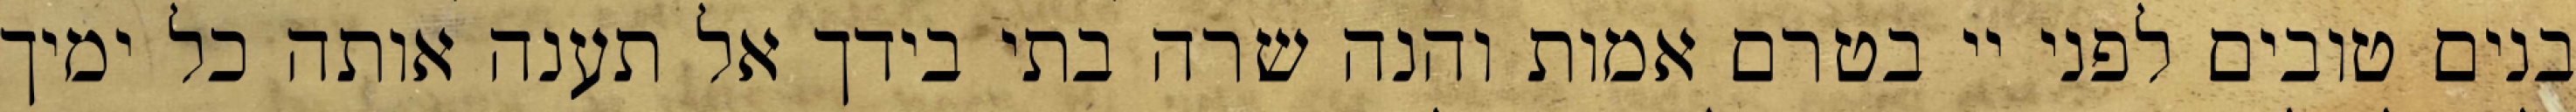
בנים טובים לפני יי בטרם אמות והנה שרה בתי בידך אל תענה אותה כל ימיך